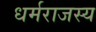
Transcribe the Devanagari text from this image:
धर्मराजस्य